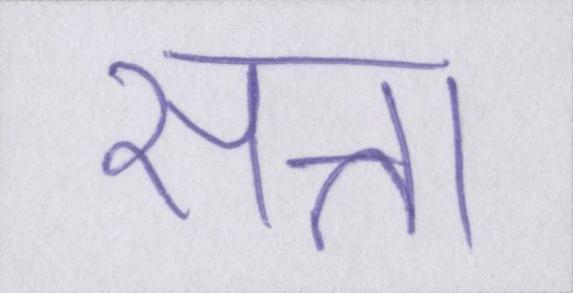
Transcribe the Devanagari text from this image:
सत्ता